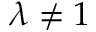
\lambda \neq 1